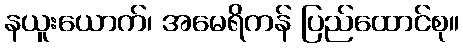
နယူးယောက်၊ အမေရိကန် ပြည်ထောင်စု။